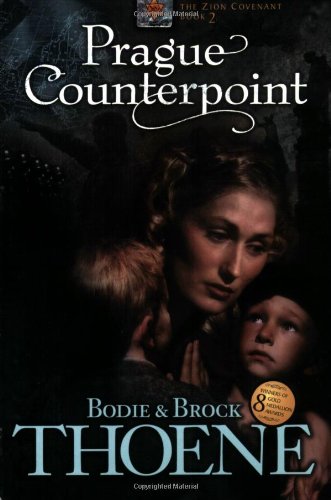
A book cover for Prague Counterpoint (Zion Covenant, Book 2); Bodie & Brock Thoene; Religion & Spirituality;